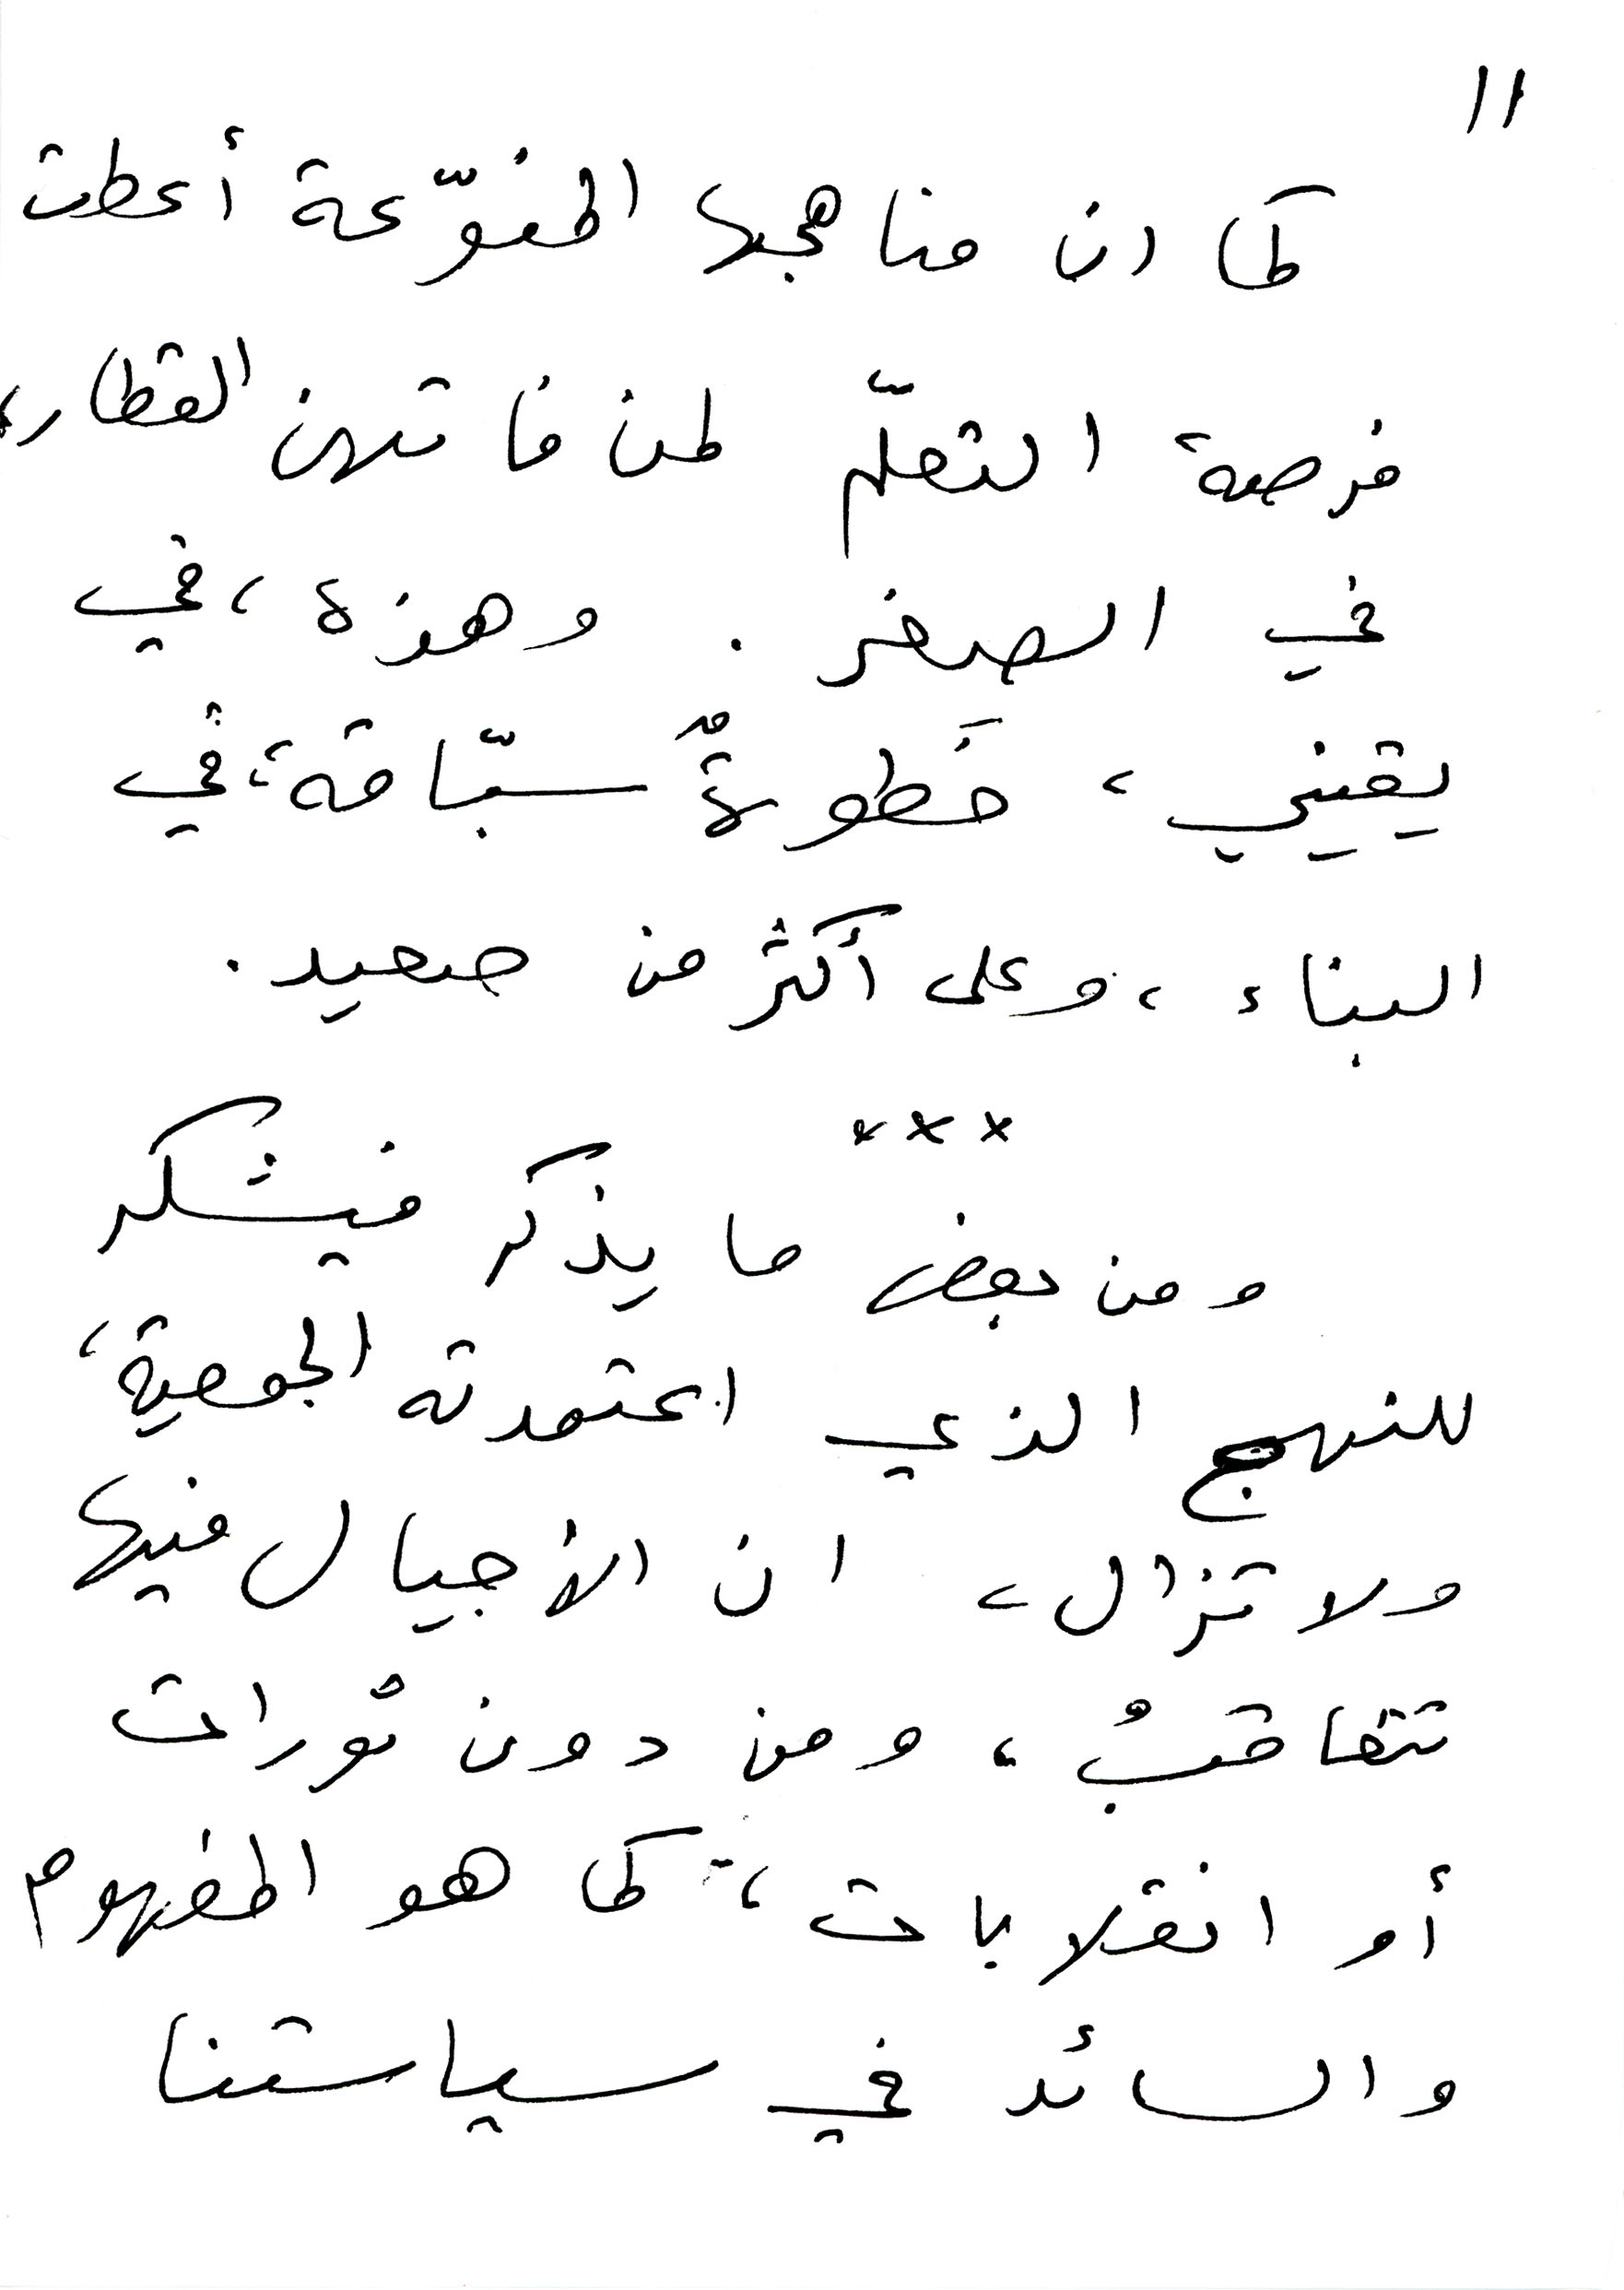
11
كما ان مناهجها المنوّعة أعطت
فرصة التعلّم لمن فاتهن القطار،
في الصغر . وهذه ، في
يقيني ، خطوةٌ سبّاقة في
البناء ، وعلى أكثر من صعيد.
ومن بعض ما يذكر فيشكر
للنهج الذي اعتمدته الجمعية،
ولا تزال، ان الأجيال فيها
تتعاقبُ ، ومن دون ثورات
أو انقلابات، كما هو المفهوم
والسائد في سياستنا